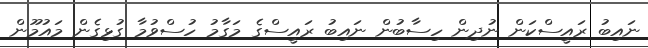
ނައިބު ރައީސްކަން ނުދިން ހިސާބުން ނައިބު ރައީސްގެ މަގާމު ހުސްވުމާ ގުޅިގެން މައުމޫން